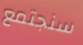
سنجتمع